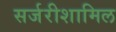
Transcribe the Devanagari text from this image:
सर्जरीशामिल